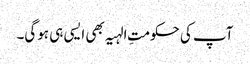
آپ کی حکومتِ الہیہ بھی ایسی ہی ہوگی۔